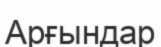
Арғындар